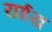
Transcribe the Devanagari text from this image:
राईख